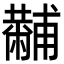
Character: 𤰍